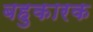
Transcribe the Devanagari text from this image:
बहुकारक